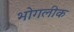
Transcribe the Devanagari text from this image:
भोगलीक